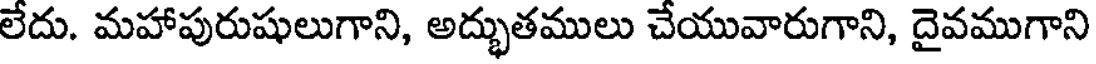
లేదు. మహాపురుషులుగాని, అద్భుతములు చేయువారుగాని, దైవముగాని